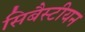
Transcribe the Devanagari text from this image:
सिबैस्टीयन